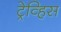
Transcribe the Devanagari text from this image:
ट्रेव्हिस